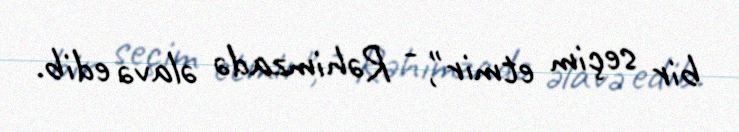
bir seçim etmir", - Rəhimzadə əlavə edib.